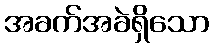
အခက်အခဲရှိသော